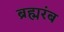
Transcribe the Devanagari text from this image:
ब्रह्मरंब